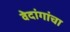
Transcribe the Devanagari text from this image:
वेदांगांचा